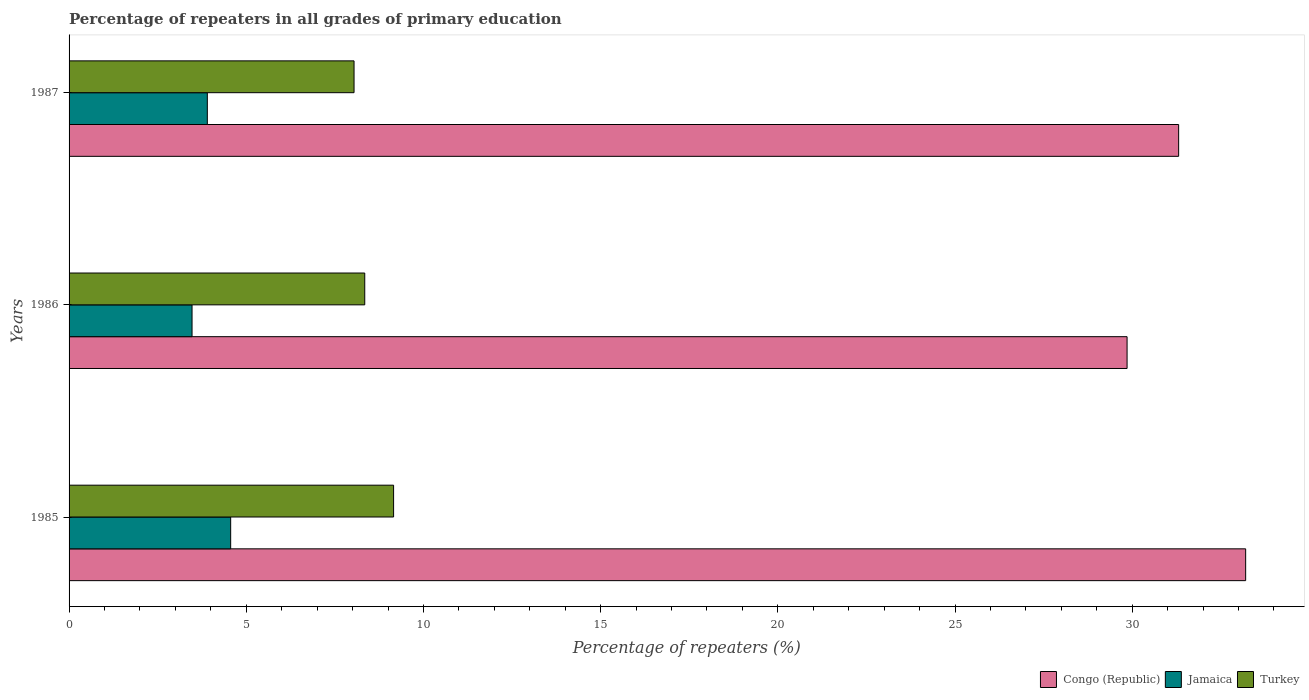
| Years | Congo (Republic) | Jamaica | Turkey |
 | --- | --- | --- | --- |
 | 1985 | 33.2 | 4.56 | 9.16 |
 | 1986 | 29.9 | 3.47 | 8.34 |
 | 1987 | 31.3 | 3.9 | 8.04 |